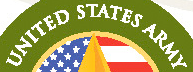
UNITED STATES ARMY